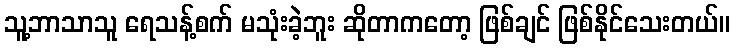
သူ့ဘာသာသူ ရေသန့်စက် မသုံးခဲ့ဘူး ဆိုတာကတော့ ဖြစ်ချင် ဖြစ်နိုင်သေးတယ်။